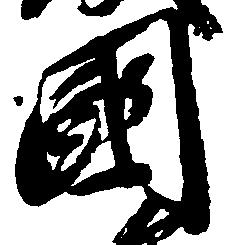
国